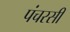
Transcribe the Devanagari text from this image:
पंचरसी